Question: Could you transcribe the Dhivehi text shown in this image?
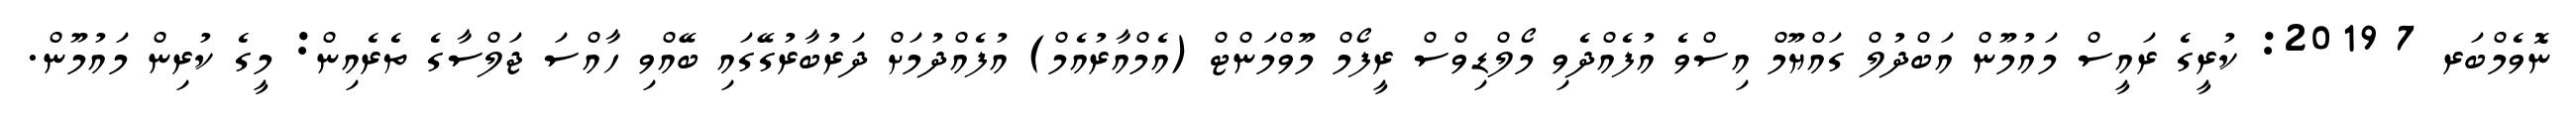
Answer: ނޮވެމްބަރ 7 2019: ކުރީގެ ރައީސް މައުމޫން އަބްދުލް ގައްޔޫމް އިސްވެ އުފެއްދެވި މޯލްޑިވްސް ރީފޯމް މޫވްމަންޓް (އެމްއާރުއެމް) އުފެއްދުމަށް ދަރުބާރުގޭގައި ބޭއްވި ހާއްސަ ޖަލްސާގެ ތެރެއިން: މީގެ ކުރިން މައުމޫން.